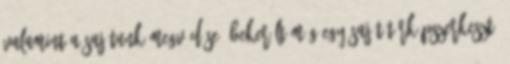
valamint a sajátunk megvédése. Bekerült még egy saját térképszerkesztő